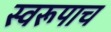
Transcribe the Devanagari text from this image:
स्वरूपाच